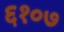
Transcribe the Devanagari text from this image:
६१०७